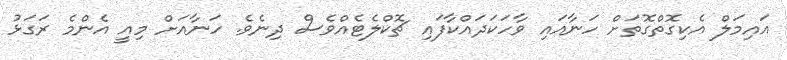
އައިމަލް އެކިގޮތްގޮތަށް ހަނާއައި ވާހަކަދައްކާފައި ޗޮކްލެޓެއްވެސް ދިނެވެ. ހަނާއަށް މިއީ އެންމެ ރަގަޅު